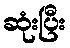
ဆုံးပြီး